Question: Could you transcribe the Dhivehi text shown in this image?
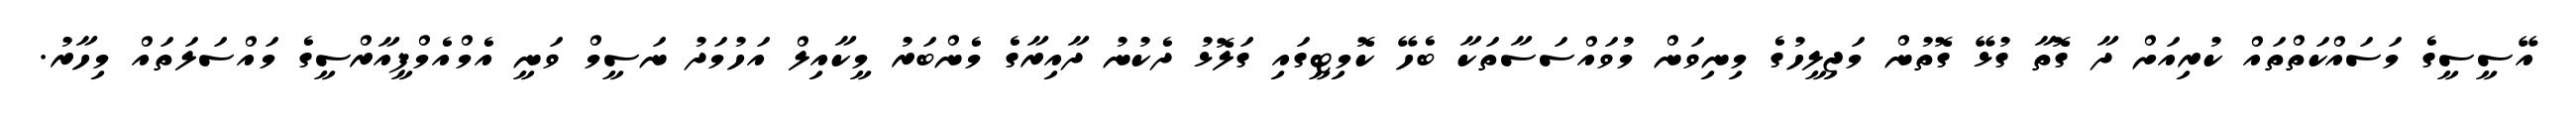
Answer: އޭސީސީގެ މަސައްކަތްތައް ކުރިއަށް ދާ ގޮތާ ގުޅޭ ގޮތުން މަޖިލީހުގެ މިނިވަން މުވައްސަސާތަކާ ބެހޭ ކޮމިޓީގައި ގަލޮޅު ދެކުނު ދާއިރާގެ މެންބަރު މީކާއިލް އަހުމަދު ނަސީމް ވަނީ އެމްއެމްޕީއާރްސީގެ މައްސަލަތައް މިހާރު.